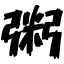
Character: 粥